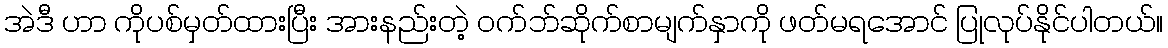
အဲဒီ ဟာ ကိုပစ်မှတ်ထားပြီး အားနည်းတဲ့ ဝက်ဘ်ဆိုက်စာမျက်နှာကို ဖတ်မရအောင် ပြုလုပ်နိုင်ပါတယ်။